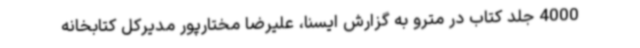
4000 جلد کتاب در مترو به گزارش ایسنا، علیرضا مختارپور مدیرکل کتابخانه